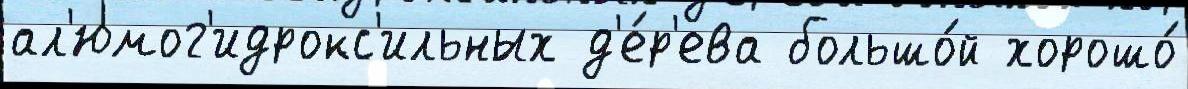
ал'юмог'идрокс'ильных д'е́р'ева большо́й хорошо́